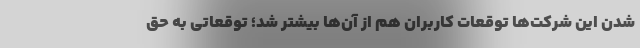
شدن این شرکت‌ها توقعات کاربران هم از آن‌ها بیشتر شد؛ توقعاتی به حق